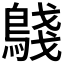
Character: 𬷟